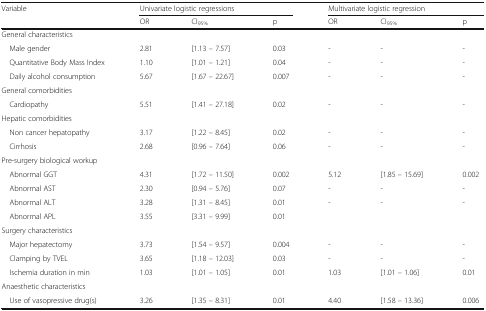
<table><thead><tr><td rowspan="2"><b>Variable</b></td><td colspan="3"><b>Univariate logistic regressions</b></td><td colspan="3"><b>Multivariate logistic regression</b></td></tr><tr><td><b>OR</b></td><td><b>CI<sub>95%</sub></b></td><td><b>p</b></td><td><b>OR</b></td><td><b>CI<sub>95%</sub></b></td><td><b>p</b></td></tr></thead><tbody><tr><td colspan="7">General characteristics</td></tr><tr><td> Male gender</td><td>2.81</td><td>[1.13 – 7.57]</td><td>0.03</td><td>-</td><td>-</td><td>-</td></tr><tr><td> Quantitative Body Mass Index</td><td>1.10</td><td>[1.01 – 1.21]</td><td>0.04</td><td>-</td><td>-</td><td>-</td></tr><tr><td> Daily alcohol consumption</td><td>5.67</td><td>[1.67 – 22.67]</td><td>0.007</td><td>-</td><td>-</td><td>-</td></tr><tr><td colspan="7">General comorbidities</td></tr><tr><td> Cardiopathy</td><td>5.51</td><td>[1.41 – 27.18]</td><td>0.02</td><td>-</td><td>-</td><td>-</td></tr><tr><td colspan="7">Hepatic comorbidities</td></tr><tr><td> Non cancer hepatopathy</td><td>3.17</td><td>[1.22 – 8.45]</td><td>0.02</td><td>-</td><td>-</td><td>-</td></tr><tr><td> Cirrhosis</td><td>2.68</td><td>[0.96 – 7.64]</td><td>0.06</td><td>-</td><td>-</td><td>-</td></tr><tr><td colspan="7">Pre-surgery biological workup</td></tr><tr><td> Abnormal GGT</td><td>4.31</td><td>[1.72 – 11.50]</td><td>0.002</td><td>5.12</td><td>[1.85 – 15.69]</td><td>0.002</td></tr><tr><td> Abnormal AST</td><td>2.30</td><td>[0.94 – 5.76]</td><td>0.07</td><td>-</td><td>-</td><td>-</td></tr><tr><td> Abnormal ALT</td><td>3.28</td><td>[1.31 – 8.45]</td><td>0.01</td><td>-</td><td>-</td><td>-</td></tr><tr><td> Abnormal APL</td><td>3.55</td><td>[3.31 – 9.99]</td><td>0.01</td><td></td><td></td><td></td></tr><tr><td colspan="7">Surgery characteristics</td></tr><tr><td> Major hepatectomy</td><td>3.73</td><td>[1.54 – 9.57]</td><td>0.004</td><td>-</td><td>-</td><td>-</td></tr><tr><td> Clamping by TVEL</td><td>3.65</td><td>[1.18 – 12.03]</td><td>0.03</td><td>-</td><td>-</td><td>-</td></tr><tr><td> Ischemia duration in min</td><td>1.03</td><td>[1.01 – 1.05]</td><td>0.01</td><td>1.03</td><td>[1.01 – 1.06]</td><td>0.01</td></tr><tr><td colspan="7">Anaesthetic characteristics</td></tr><tr><td> Use of vasopressive drug(s)</td><td>3.26</td><td>[1.35 – 8.31]</td><td>0.01</td><td>4.40</td><td>[1.58 – 13.36]</td><td>0.006</td></tr></tbody></table>